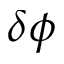
\delta \phi